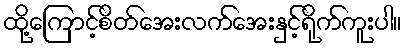
ထို့ကြောင့်စိတ်အေးလက်အေးနှင့်ရိုက်ကူးပါ။